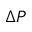
\Delta P